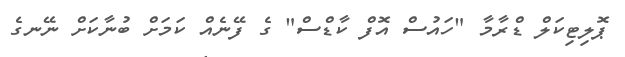
ޕޮލިޓިކަލް ޑްރާމާ "ހައުސް އޮފް ކާޑްސް" ގެ ފޭނެއް ކަމަށް ބުނާކަށް ނޭނގެ